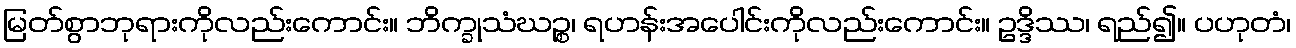
မြတ်စွာဘုရားကိုလည်းကောင်း။ ဘိက္ခုသံဃဉ္စ၊ ရဟန်းအပေါင်းကိုလည်းကောင်း။ ဥဒ္ဒိဿ၊ ရည်၍။ ပဟုတံ၊